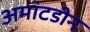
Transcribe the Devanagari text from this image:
अमांटडीन